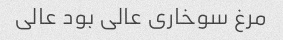
مرغ سوخاری عالی بود عالی